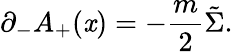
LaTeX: {\partial}_{-}A_{+}(\mathit{x})=-\frac{{m}}{{2}}\tilde{{\Sigma}}.